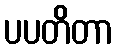
ပပတိတာ